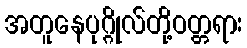
အတူနေပုဂ္ဂိုလ်တို့ဝတ္တရား